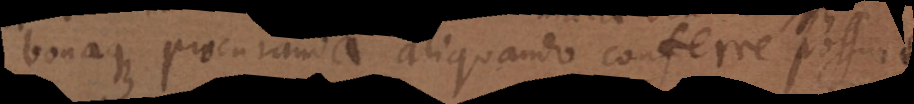
bonaque procuranda aliquando conferre poss